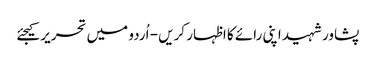
پشاورشہید اپنی رائے کا اظہار کریں - اُردو میں تحریر کیجئے